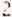
2